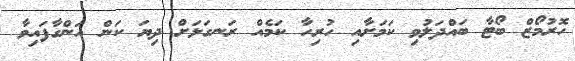
ހޮރުމޯޒް ބޯޓާ ބައްދަލުވި ކަމަށާއި ހުރިހާ ކަމެއް ރަނގަޅަށް ދިޔަ ކަން އަންގާފައިވާ